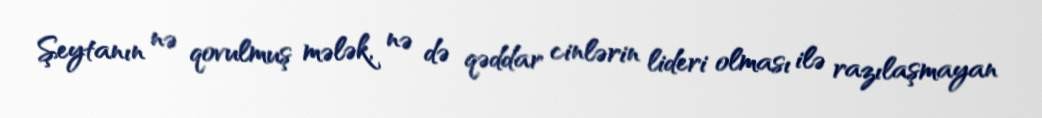
Şeytanın nə qovulmuş mələk, nə də qəddar cinlərin lideri olması ilə razılaşmayan